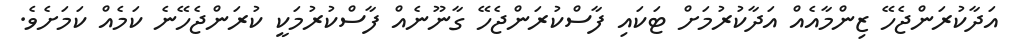
އަދާކުރަންޖެހޭ ޒިންމާއެއް އަދާކުރުމަށް ޓަކައި ފާސްކުރަންޖެހޭ ގާނޫނެއް ފާސްކުރުމަކީ ކުރަންޖެހޭނެ ކަމެއް ކަމަށެވެ.